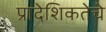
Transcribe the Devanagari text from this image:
प्रादेशिकतेचे